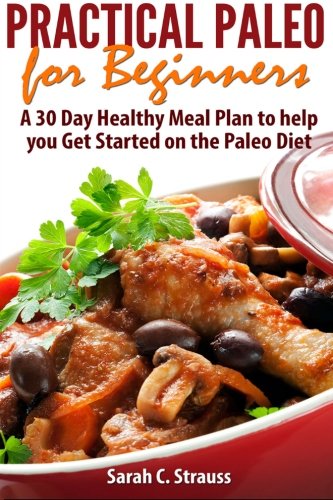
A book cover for Practical Paleo for Beginners: A 30 Day Healthy Meal Plan to help you Get Started on the Paleo Diet; Sarah C Strauss; Health, Fitness & Dieting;